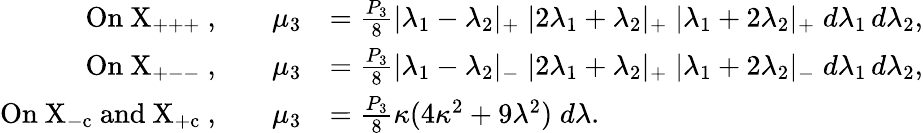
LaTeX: \begin{array}{rlrl}{\mathrm{On~X_{+++}~,}}&{}&{\mu_{3}}&{=\frac{P_{3}}{8}|\lambda_{1}-\lambda_{2}|_{+}\; |2\lambda_{1}+\lambda_{2}|_{+}\; |\lambda_{1}+2\lambda_{2}|_{+}\; d\lambda_{1}\, d\lambda_{2},}\\ {\mathrm{On~X_{+--}~,}}&{}&{\mu_{3}}&{=\frac{P_{3}}{8}|\lambda_{1}-\lambda_{2}|_{-}\; |2\lambda_{1}+\lambda_{2}|_{+}\; |\lambda_{1}+2\lambda_{2}|_{-}\; d\lambda_{1}\, d\lambda_{2},}\\ {\mathrm{On~X_{-c}~and~X_{+c}~,}}&{}&{\mu_{3}}&{=\frac{P_{3}}{8}\kappa(4\kappa^{2}+9\lambda^{2})\; d\lambda.}\end{array}